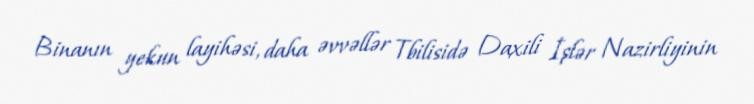
Binanın yekun layihəsi, daha əvvəllər Tbilisidə Daxili İşlər Nazirliyinin